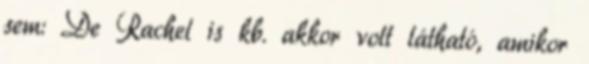
sem: De Rachel is kb. akkor volt látható, amikor